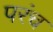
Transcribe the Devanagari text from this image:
परंच